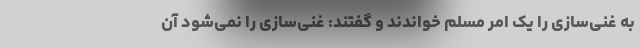
به غنی‌سازی را یک امر مسلّم خواندند و گفتند: غنی‌سازی را نمی‌شود آن